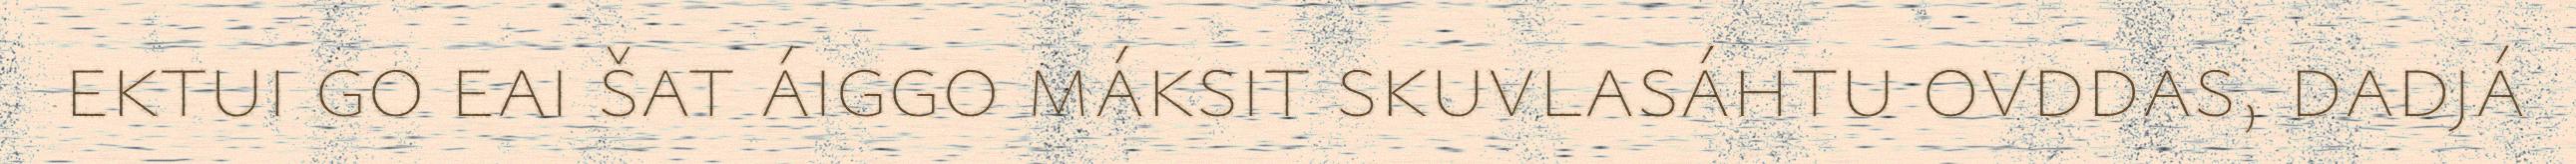
ektui go eai šat áiggo máksit skuvlasáhtu ovddas, dadjá